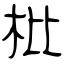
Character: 枇